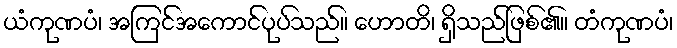
ယံကုဏပံ၊ အကြင်အကောင်ပုပ်သည်။ ဟောတိ၊ ရှိသည်ဖြစ်၏။ တံကုဏပံ၊